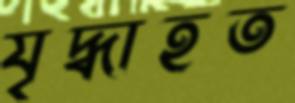
যৃদ্ধাহত